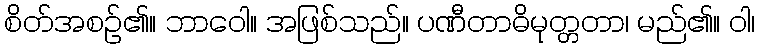
စိတ်အစဉ်၏။ ဘာဝေါ။ အဖြစ်သည်။ ပဏီတာဓိမုတ္တတာ၊ မည်၏။ ဝါ၊